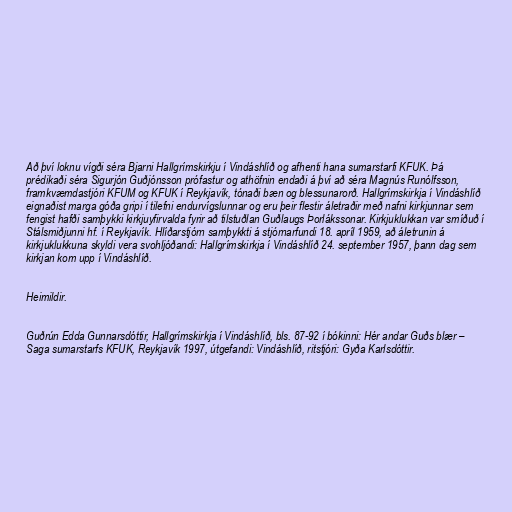
Að því loknu vígði séra Bjarni Hallgrímskirkju í Vindáshlíð og afhenti hana sumarstarfi KFUK. Þá
prédikaði séra Sigurjón Guðjónsson prófastur og athöfnin endaði á því að séra Magnús Runólfsson,
framkvæmdastjóri KFUM og KFUK í Reykjavík, tónaði bæn og blessunarorð. Hallgrímskirkja í Vindáshlíð
eignaðist marga góða gripi í tilefni endurvígslunnar og eru þeir flestir áletraðir með nafni kirkjunnar sem
fengist hafði samþykki kirkjuyfirvalda fyrir að tilstuðlan Guðlaugs Þorlákssonar. Kirkjuklukkan var smíðuð í
Stálsmiðjunni hf. í Reykjavík. Hlíðarstjórn samþykkti á stjórnarfundi 18. apríl 1959, að áletrunin á
kirkjuklukkuna skyldi vera svohljóðandi: Hallgrímskirkja í Vindáshlíð 24. september 1957, þann dag sem
kirkjan kom upp í Vindáshlíð.

Heimildir.

Guðrún Edda Gunnarsdóttir, Hallgrímskirkja í Vindáshlíð, bls. 87-92 í bókinni: Hér andar Guðs blær –
Saga sumarstarfs KFUK, Reykjavík 1997, útgefandi: Vindáshlíð, ritstjóri: Gyða Karlsdóttir.